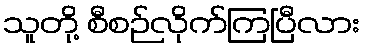
သူတို့ စီစဉ်လိုက်ကြပြီလား